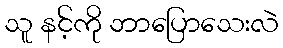
သူ နင့်ကို ဘာပြောသေးလဲ